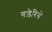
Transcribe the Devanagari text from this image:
गड़ेरियें